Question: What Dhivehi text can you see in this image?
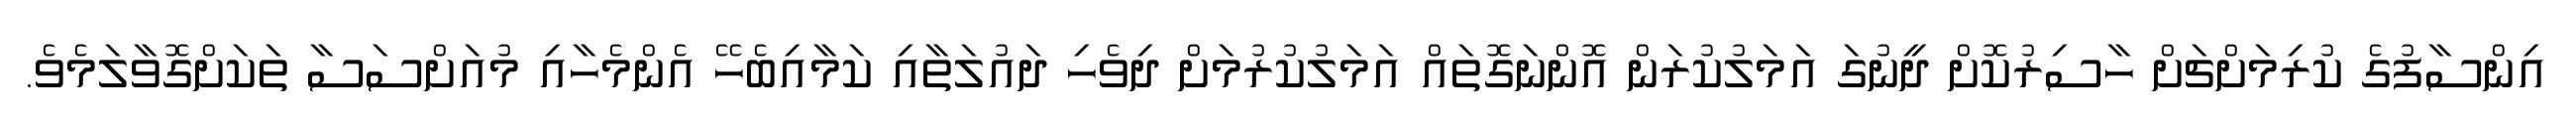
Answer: އިންސާފުގެ ކުރިމަށްޗަށް ހާސިރުކޮށް ދީނުގަ އަމަލުކުރަން އޮންނަގޮތައް އަމަލުކުރުމަށް ދިވެހި ދައުލަތާއި ކަމާއިބެހޭ އެންމެހާއި މުއަށްސަސާ ތަކަށްގޮވާލަމެވެ.